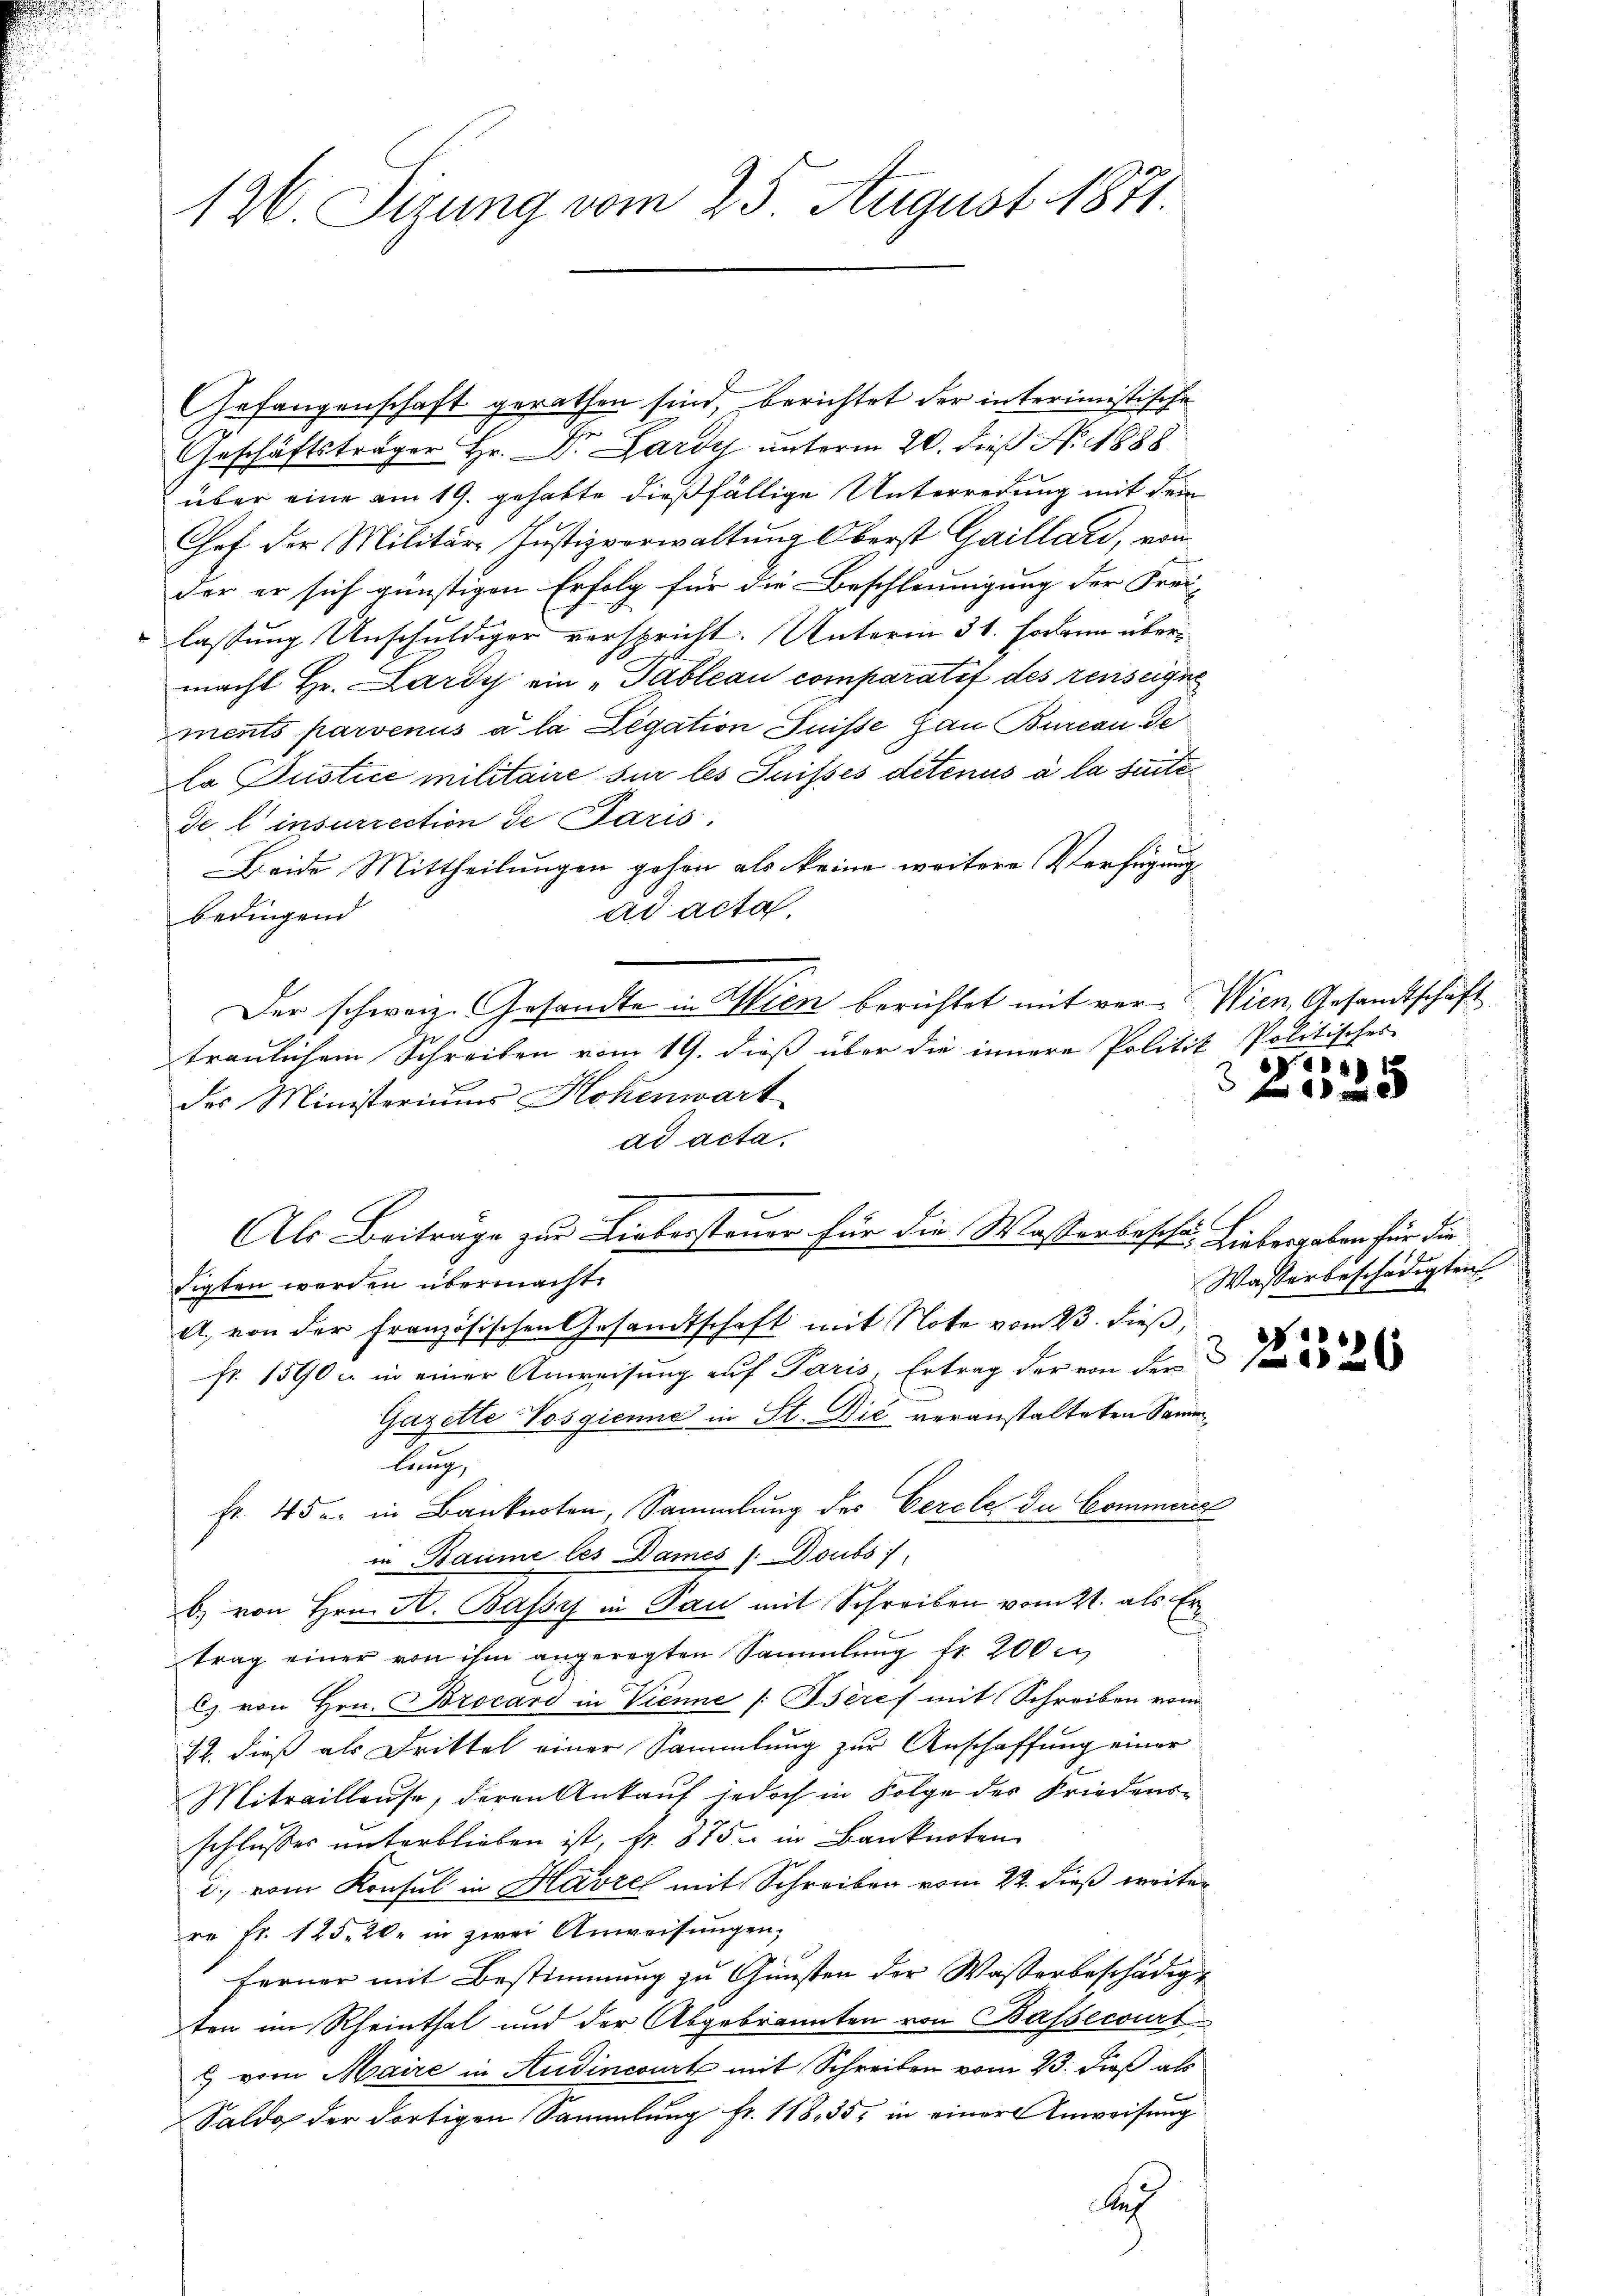
126. Sizung vom 25. August 1871.

Gefangenschaft gerathen sind, berichtet der interimistische
Geschäftsträger Hr. Dr. Lardy unterm 20. dieß N. 1888
über eine am 19. gehabte dießfällige Unterredung mit dem
Chef der Militär Justizverwaltung Oberst Gaillard, vom
der er sich günstigen Erfolg für die Beschleunigung der Frei-
lassung Anschuldiger verspricht. Unterm 31. sodann übermacht Hr. Lardy ein „Tableau comparatif des renseigne
ments parvenus à la Legation Suisse Gau Bureau de
la Justice militaire sur les Suisses detenus à la suite
de l’insurrection de Paris.
Beide Mittheilungen gehen als keine weitere Verfügung
ad acta.
bedingend
Der schweiz. Gesandte in Wien berichtet mit ver-Wien Gesandtschaft
u
traulichem Schreiben vom 19. dieß über die innere Politik Politisches
des Ministeriums Hohenwart
ad acta
sigten werden übermacht.
A. von der Französischen Gesandtschaft mit Note vom 23. dieß,
2
Fr. 1590 u. in einer Anweisung auf Paris, Ertrag der von der
Gazette Vosgienne in St. Die veranstalteten Sammlung,
fr. 45 u. in Banknoten, Sammlung des Cerele de Commerie
in Baume les Dames /: Doubs i
b) von Hrn. H. Bassy in Pau mit Schreiben vom 21. als Ertrag einer von ihm angeregten Sammlung fr. 200m
C von Hrn. Brocard in Vienne |: Bseres mit Schreiben von
22. dieß als Drittel einer Sammlung zur Anschaffung einer
Mitraillause, deren Ankauf jedoch in Folge des Friedens-
schlusses unterblieben ist, fr. 875. in Banknoten
d., vom Konsul in Havre mit Schreiben vom 22. dieß weiter
re Fr. 125. 20. in zwei Anweisungen,
Ferner mit Bestimmung zu Gunsten der Wasserbeschädigt
ten im Rheinthal und der Abgebrannten von Bassecourt
& vom Maire in Audincourt mit Schreiben vom 23. dieß als
Saldo der dortigen Sammlung fr. 118, 35, in einer Anweisung
Se

Als Beiträge zur Liebersteuer für die Wasserbeschä- Liebergaben für die

) 15
3
 2

1

Wasserbeschädigten

23326